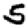
Digit: 5